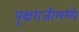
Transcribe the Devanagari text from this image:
वृक्षराजीमध्ये